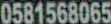
0581568065